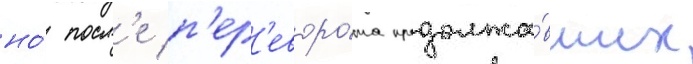
но́ посл'е п'ер'еворо́та продолжа́вших